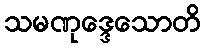
သမဏုဒ္ဒေသောတိ